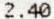
2.40